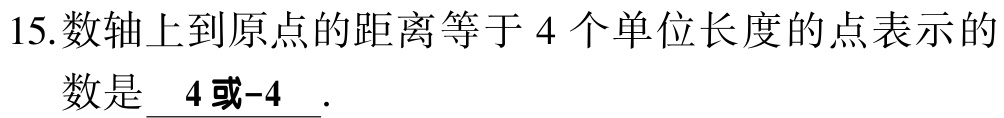
15.数轴上到原点的距离等于 \(4\) 个单位长度的点表示的数是 \(\underline{4或 - 4}\).